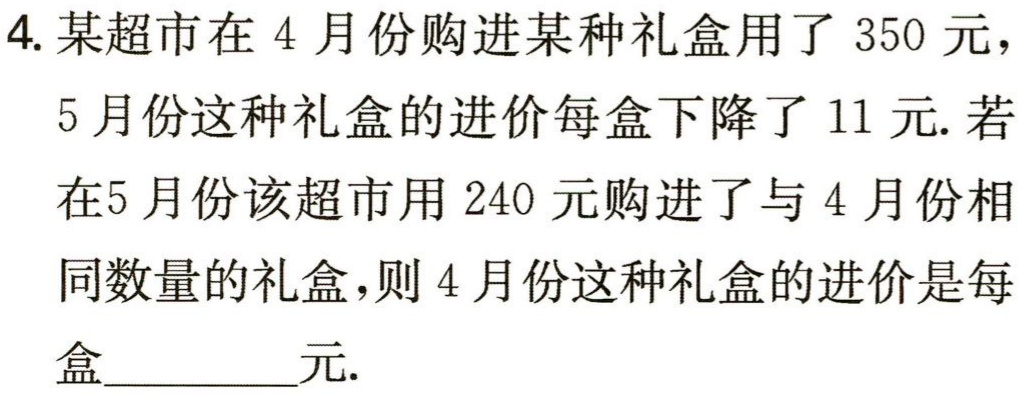
4. 某超市在 4 月份购进某种礼盒用了 350 元，

5 月份这种礼盒的进价每盒下降了 11 元. 若

在5 月份该超市用 240 元购进了与 4 月份相

同数量的礼盒，则 4 月份这种礼盒的进价是每

盒_________元.